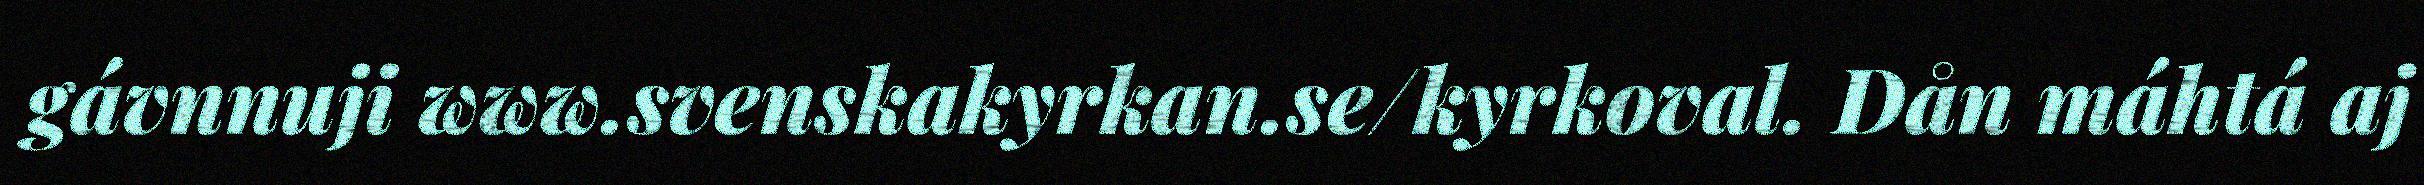
gávnnuji www.svenskakyrkan.se/kyrkoval. Dån máhtá aj